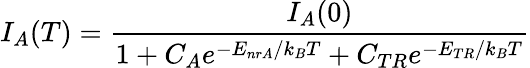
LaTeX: I_{A}(T)=\frac{I_{A}(0)}{1+C_{A}e^{-E_{nrA}/k_{B}T}+C_{TR}e^{-E_{TR}/k_{B}T}}